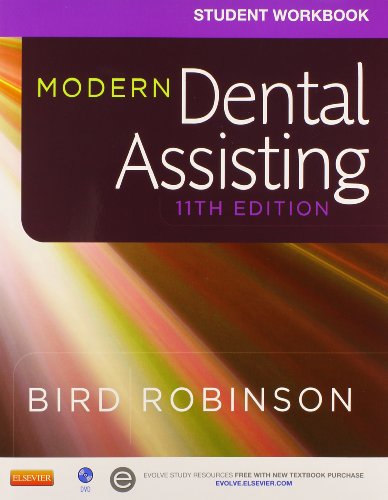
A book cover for Modern Dental Assisting - Textbook and Workbook Package, 11e; Doni L. Bird CDA  RDA  RDH  MA; Medical Books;